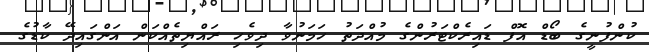
ކުންފުނީގެ ބޯޑް އޮފް ޑައިރެކްޓަރުންގެ މުއްދަތު ހަމަނުވާ ދިވެހި ރައްޔިތެއްކަން އަންގައިދޭ ކާޑުގެ